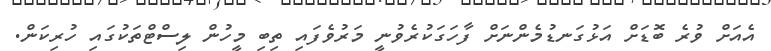
އެއަށް ވުރެ ބޮޑަށް އަޅުގަނޑުމެންނަށް ފާހަގަކުރެވުނީ މަރުވެފައި ތިބި މީހުން ލިސްޓްތަކުގައި ހުރިކަން.